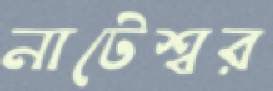
নাটেশ্বর